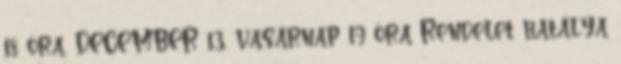
18 óra. DECEMBER 13. vasárnap 19 óra Rendelet hatálya